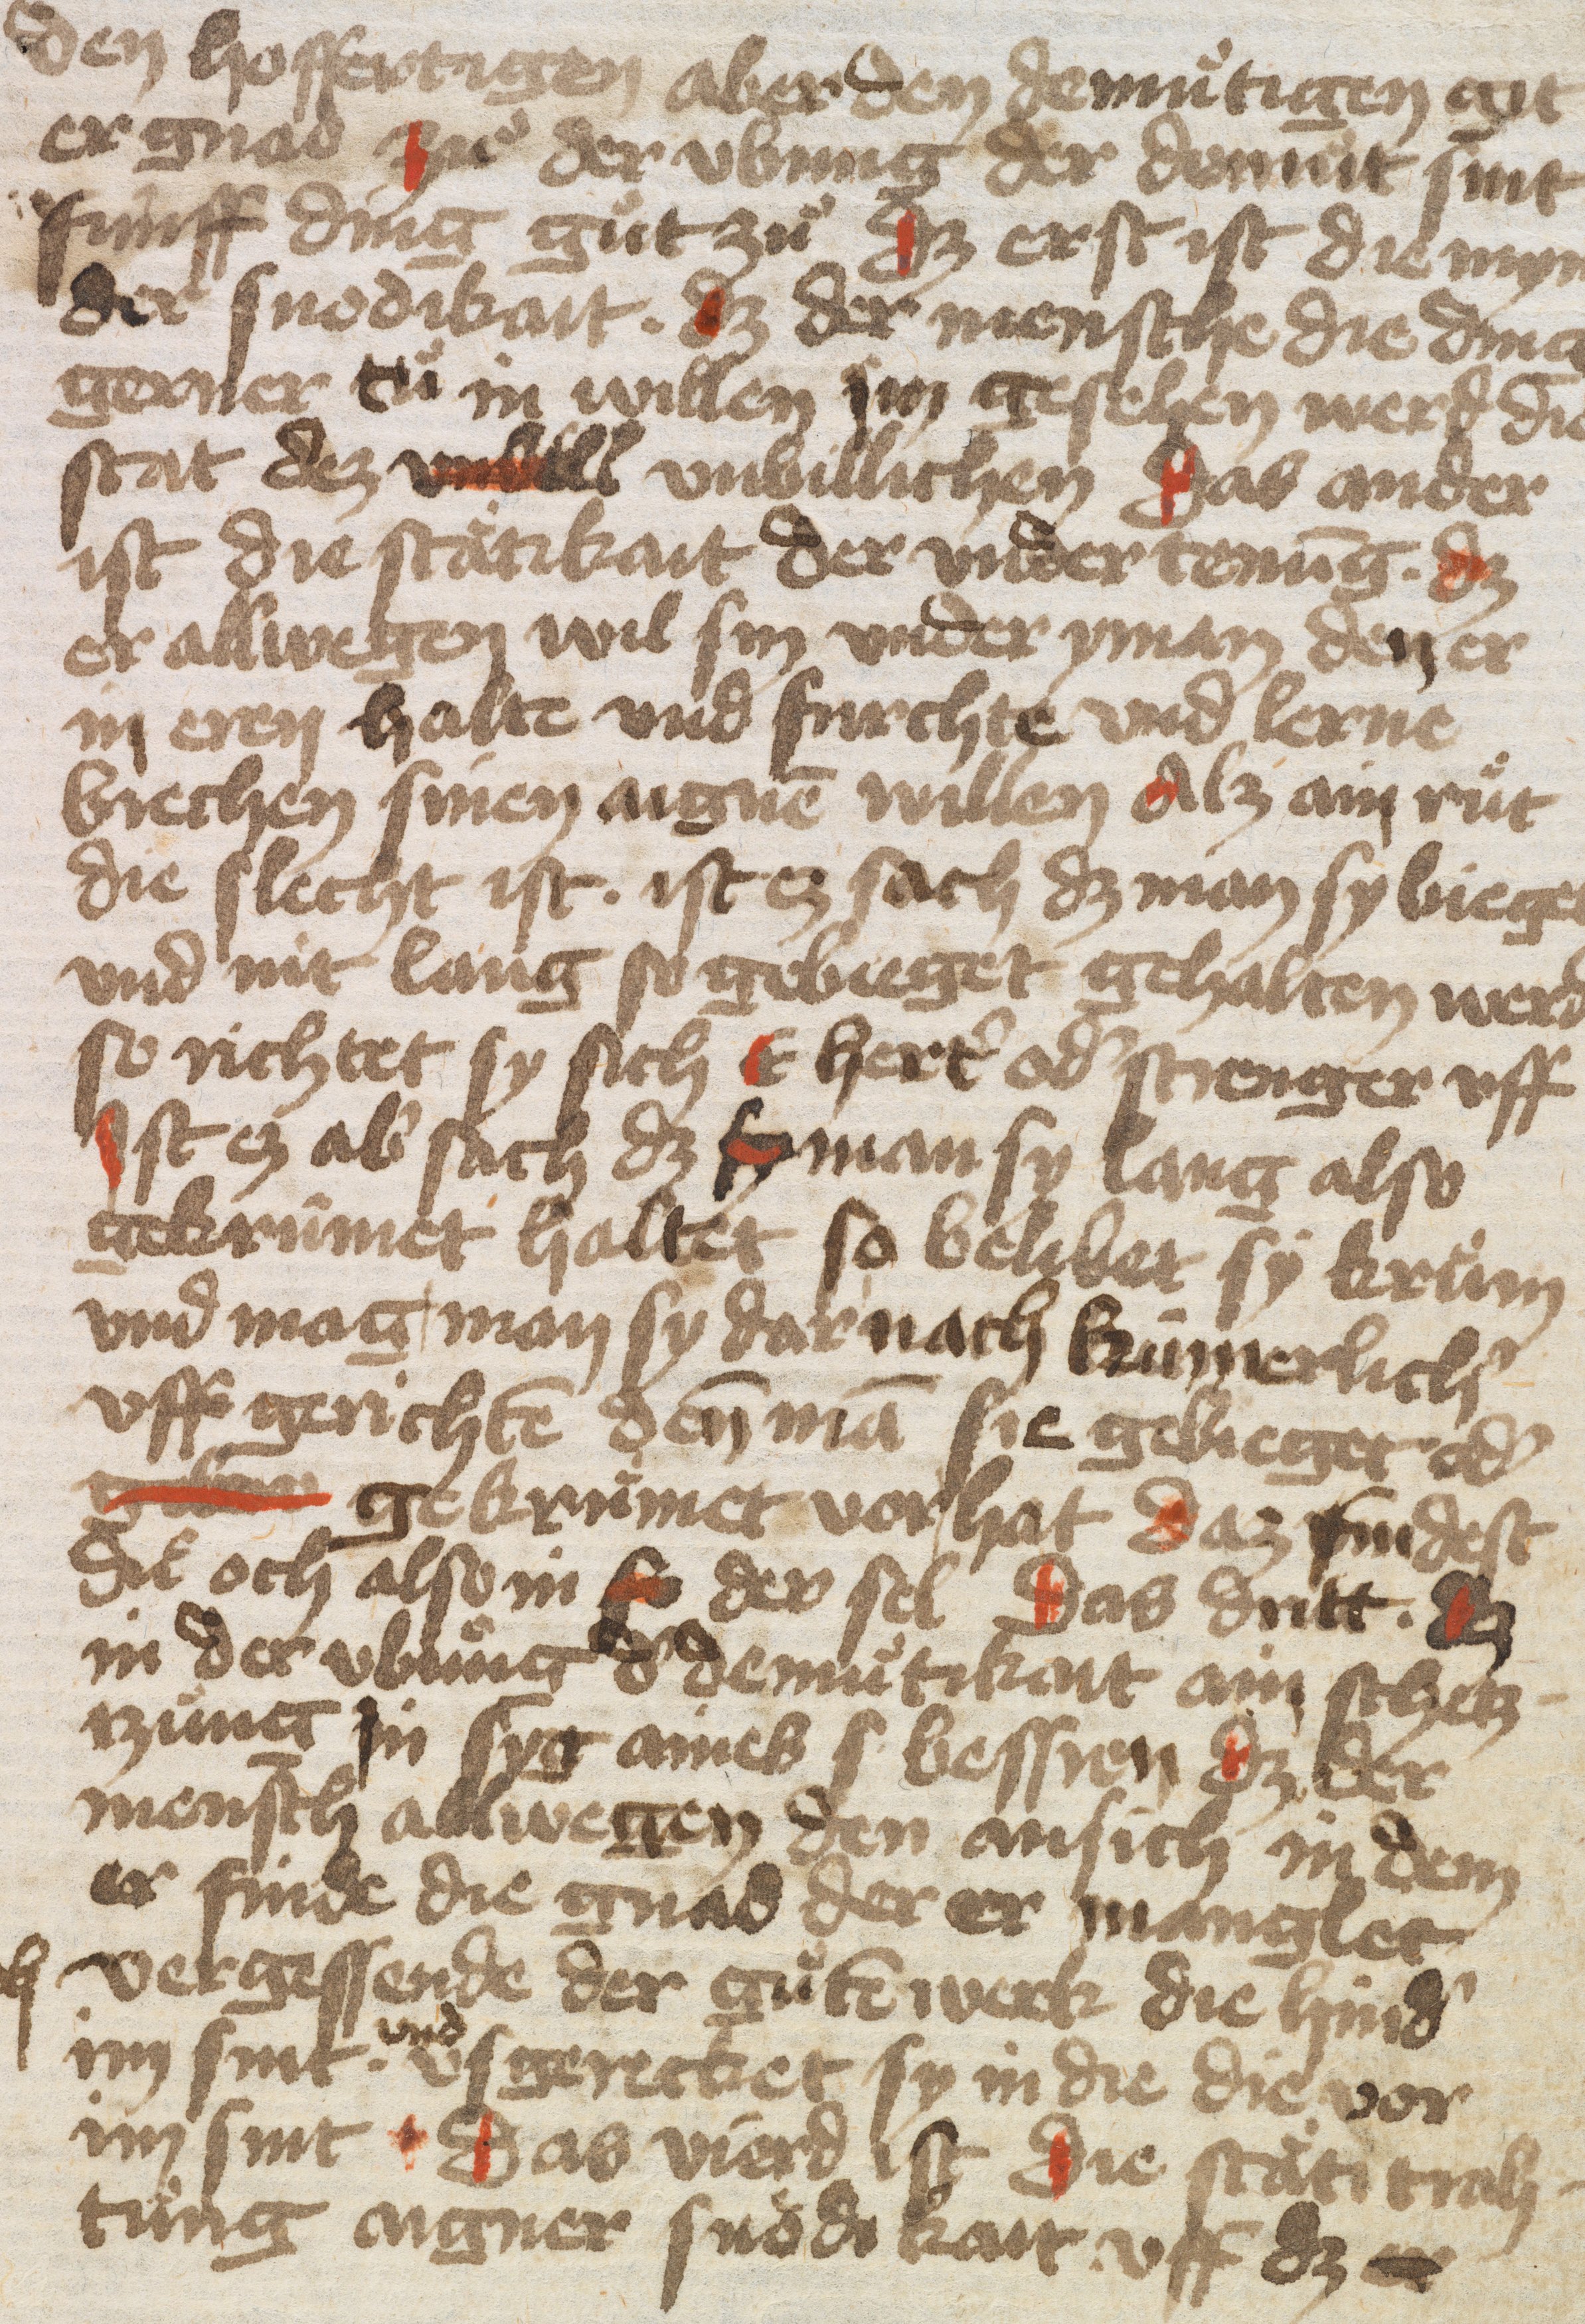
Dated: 1432–1436